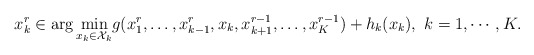
\begin{align*}x_k^r \in \arg\min_{x_k\in \mathcal{X}_k} &g(x_1^{r},\ldots,x_{k-1}^{r},x_k,x_{k+1}^{r-1},\ldots, x_K^{r-1})+h_k(x_k), \ k=1,\cdots, K.\end{align*}